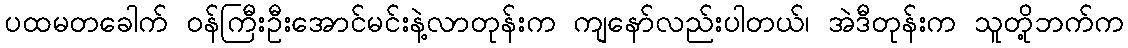
ပထမတခေါက် ဝန်ကြီးဦးအောင်မင်းနဲ့လာတုန်းက ကျနော်လည်းပါတယ်၊ အဲဒီတုန်းက သူတို့ဘက်က